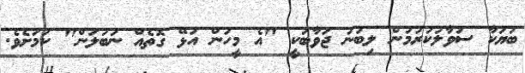
ބަޔަކާ ސުވާލުކުރުމުން ލިބުނު ޖަވާބަކީ "އެ މީހުން އުޅޭ ގޮތެއް ނުބަލަން" ކަމަށެވެ.